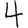
Digit: 4